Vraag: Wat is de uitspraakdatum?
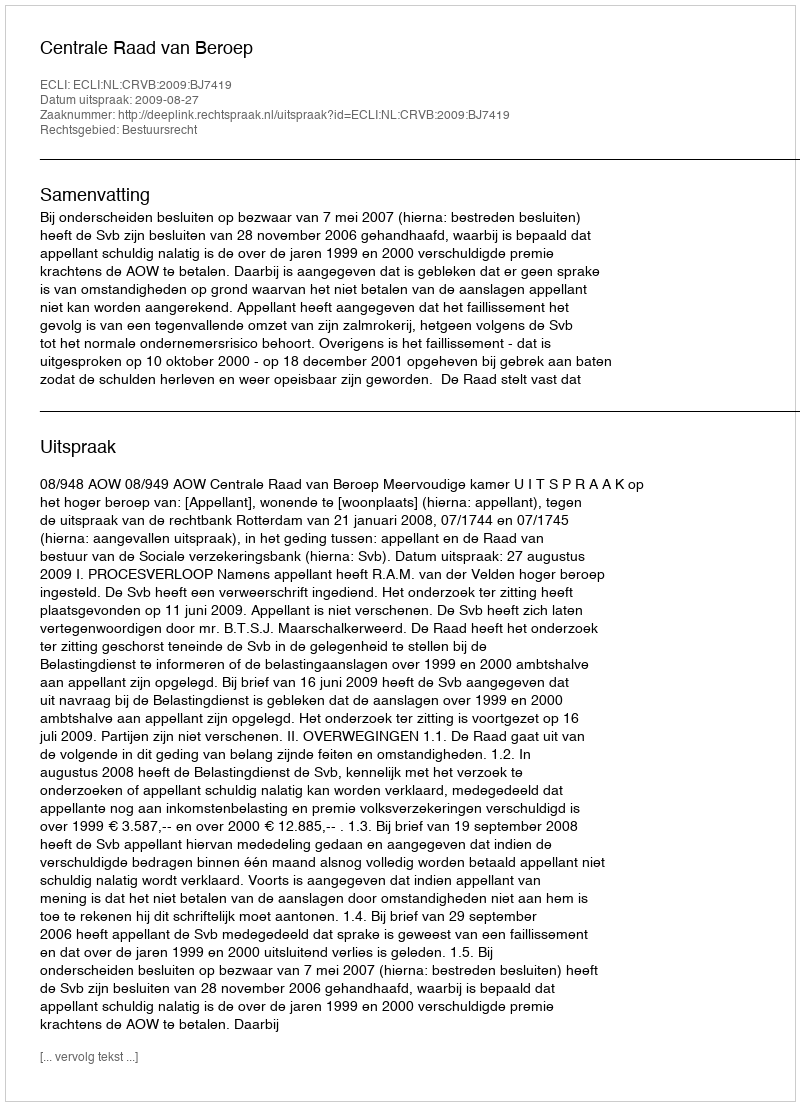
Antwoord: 2009-08-27